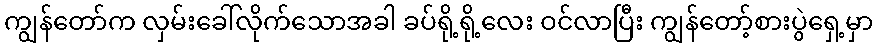
ကျွန်တော်က လှမ်းခေါ်လိုက်သောအခါ ခပ်ရို့ရို့လေး ဝင်လာပြီး ကျွန်တော့်စားပွဲရှေ့မှာ